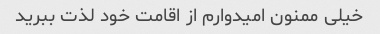
خیلی ممنون امیدوارم از اقامت خود لذت ببرید